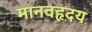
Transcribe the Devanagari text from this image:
मानवहृदय